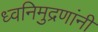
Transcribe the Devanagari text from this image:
ध्वनिमुद्रणांनी